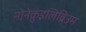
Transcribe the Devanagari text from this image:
नोनेक़ुइलिब्रिउम